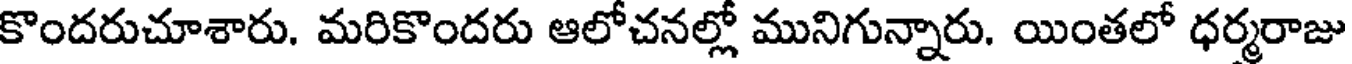
కొందరుచూశారు. మరికొందరు ఆలోచనల్లో మునిగున్నారు. యింతలో ధర్మరాజు